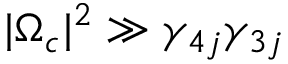
| \Omega _ { c } | ^ { 2 } \gg \gamma _ { 4 j } \gamma _ { 3 j }